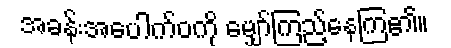
အခန်းအပေါက်ဝကို မျှော်ကြည့်နေကြ၏။